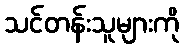
သင်တန်းသူများကို